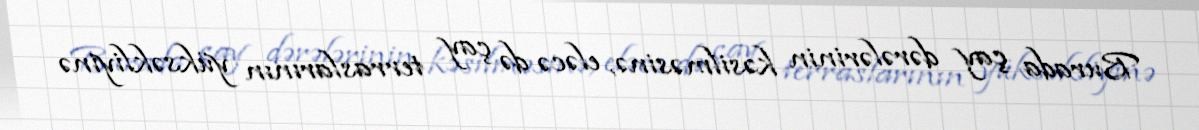
Burada çay dərələrinin kəsilməsinə, eləcə də çay terraslarının yüksəkliyinə